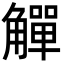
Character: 觶